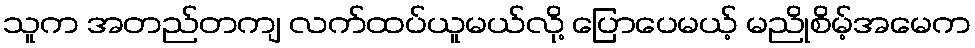
သူက အတည်တကျ လက်ထပ်ယူမယ်လို့ ပြောပေမယ့် မညိုစိမ့်အမေက